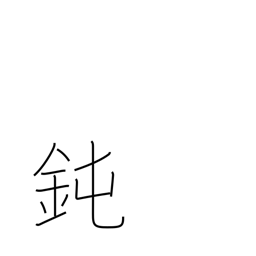
Meaning: foolish